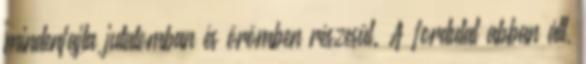
mindenfajta jutalomban és örömben részesül. A fordulat abban áll,